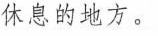
休息的地方。